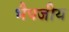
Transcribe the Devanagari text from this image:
भैषजीय